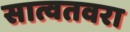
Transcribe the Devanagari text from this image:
सात्वतवरा